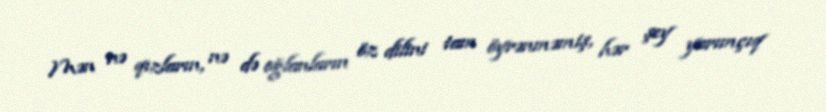
Mən nə qızların, nə də oğlanların öz dilini tam öyrənməmiş, hər şey yarımçıq